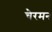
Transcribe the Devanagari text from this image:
चैरमन